Report of the Indian Hemp Drugs Commission, 1894-1895 - Volume VII
Year: 1894
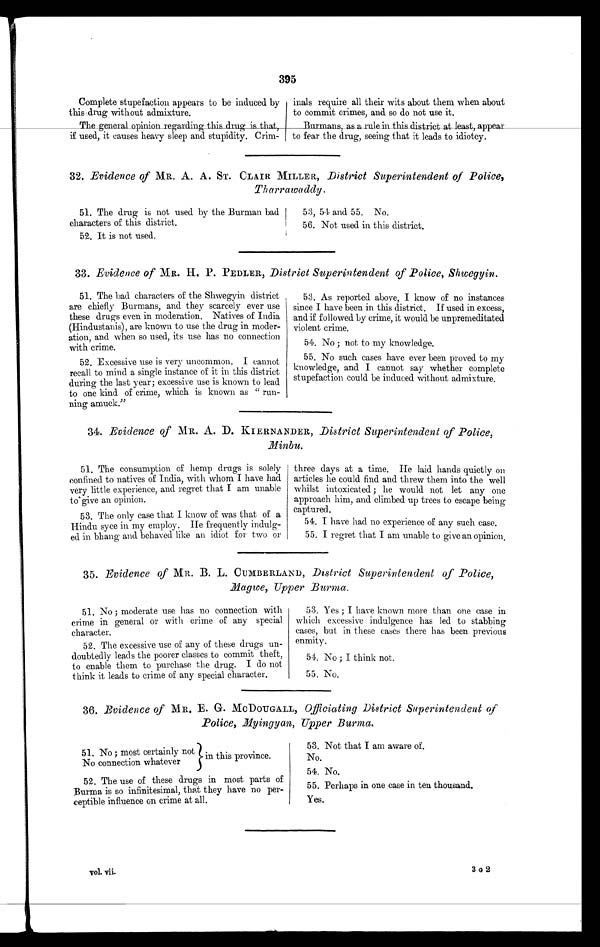
395
Complete stupefaction appears to be induced by
this drug without admixture.
The general opinion regarding this ding is that,
if used, it causes heavy sleep and stupidity. Crim-
inals require all their wits about them when about
to commit crimes, and so do not use it.
Burmans, as a rule in this district at least, appear to fear the drug, seeing that it leads to idiotcy.
32. Evidence of MR. A. A. ST. CLAIR MILLER, District Superintendent of Police,
Tharrawaddy,
51. The drug is not used by the Burman bad
characters of this district.
52. It is not used.
53, 51 and 55, No.
56. Not used in this district.
33. Evidence of MR. H. P. PEDLER, District Superintendent of Police, Shwegyin.
51. The bad characters of the Shwegyin district
are chiefly Burmans, and they scarcely ever use
these drugs even in moderation. Natives of India
(Hindustanis), are known to use the drug in moder-
ation, and when so used, its use has no connection
with crime.
52. Excessive use is very uncommon. I cannot
recall to mind a single instance of it in this district
during the last year; excessive use is known to lead
to one kind of crime, which is known as " run-
ning amuck."
53. As reported above, I know of no instances
since I have been in this district. If used in excess,
and if followed by crime, it would be unpremeditated
violent crime.
54. No ; not to my knowledge.
55. No such cases have ever been proved to my
knowledge, and I cannot say whether complete
stupefaction could be induced without admixture.
34. Evidence of MR. A. B. KIERNANDER, District Superintendent of Police, Minbu.
51. The consumption of hemp drugs is solely
confined to natives of India, with whom I have had
very little experience, and regret that I am unable
to give an opinion.
53. The only case that I know of was that of a
Hindu syce in my employ. He frequently indulg-
ed in bhang and behaved like an idiot for two or
three days at a time. He laid hands quietly on
articles he could find and threw them into the well
whilst intoxicated ; he would not let any one
approach him, and climbed up trees to escape being
captured.
54. I have had no experience of any such case.
55. I regret that I am unable to give an opinion.
35. Evidence of MR. B. L. CUMBERLAND, District Superintendent of Police,
Magwe, Upper Burma.
51. No ; moderate use has no connection with
crime in general or with crime of any special
character.
52. The excessive use of any of these drugs un-
doubtedly leads the poorer classes to commit theft
to enable them to purchase the drug. I do not
think it leads to crime of any special character.
53. Yes ; I have known more than one case in
which excessive indulgence has led to stabbing
cases, but in these cases there has been previous
enmity.
54. No ; I think not.
55. No.
36. Evidence of MR. E. G. MCDOUGALL, Officiating District Superintendent of
Police, Myingyan, Upper Burma.
51. No ; most certainly not No connection whatever in this province.
52. The use of these drugs in most parts of
Burma is so infinitesimal, that they have no per-
ceptible influence on crime at all.
vol. vii.
53. Not that I am aware of.
No.
54. No.
Perhaps in one case in ten thousand.
Yes.
3 G 2